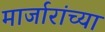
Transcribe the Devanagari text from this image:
मार्जारांच्या